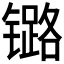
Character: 𲈝